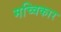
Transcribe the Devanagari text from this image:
मच्विकार